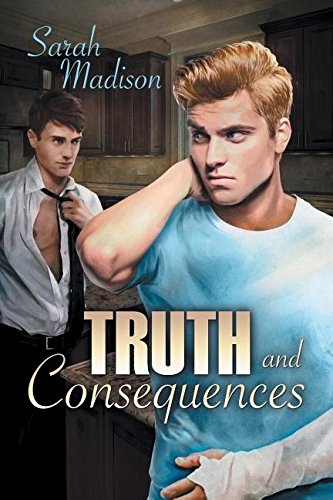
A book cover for Truth and Consequences; Sarah Madison; Romance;